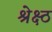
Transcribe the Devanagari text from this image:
श्रेक्ष्ठ